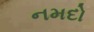
નમદો